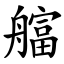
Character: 䒇